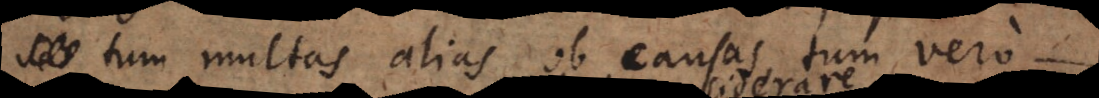
se. multas alias ob causas, tum vero